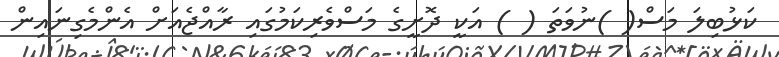
ކަޅުބިލަ މަސް( )ނުވަތަ ( ) އަކީ ދޮށީގެ މަސްވެރިކަމުގަަައި ރާއްޖެއަށް އެންމެގިނައިން